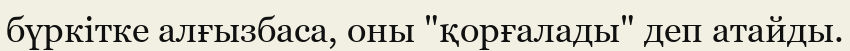
бүркітке алғызбаса, оны "қорғалады" деп атайды.